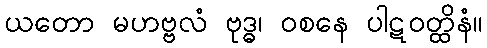
ယတော မဟဗ္ဗလံ ဗုဒ္ဓ၊ ဝစနေ ပါဋဝတ္ထိနံ။